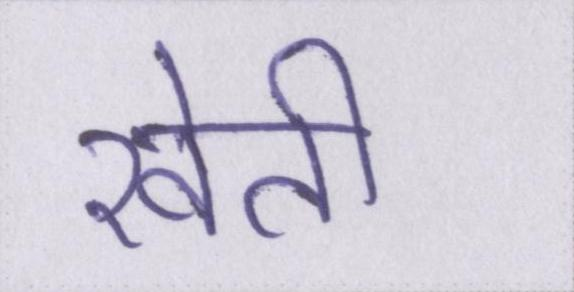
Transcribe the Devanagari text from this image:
खेती